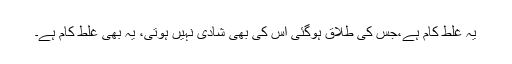
یہ غلط کام ہے،جس کی طلاق ہوگئی اس کی بھی شادی نہیں ہوتی، یہ بھی غلط کام ہے۔